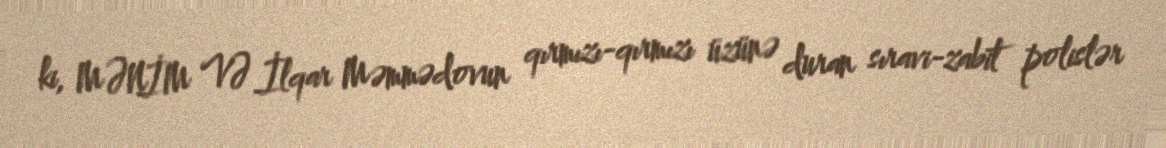
ki, MƏNİM VƏ İlqar Məmmədovun qırmızı-qırmızı üzünə duran sıravi-zabit polislər